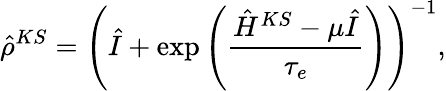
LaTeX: \hat{\rho}^{KS}=\left(\hat{I}+\exp\left(\frac{\hat{H}^{KS}-\mu\hat{I}}{\tau_{e}}\right)\right)^{-1},